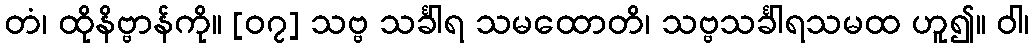
တံ၊ ထိုနိဗ္ဗာန်ကို။ [၀၇] သဗ္ဗ သင်္ခါရ သမထောတိ၊ သဗ္ဗသင်္ခါရသမထ ဟူ၍။ ဝါ၊